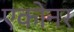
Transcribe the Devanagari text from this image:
एकोनर